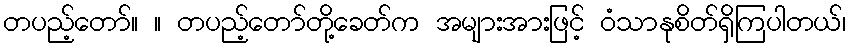
တပည့်တော်။ ။ တပည့်တော်တို့ခေတ်က အများအားဖြင့် ဝံသာနုစိတ်ရှိကြပါတယ်၊